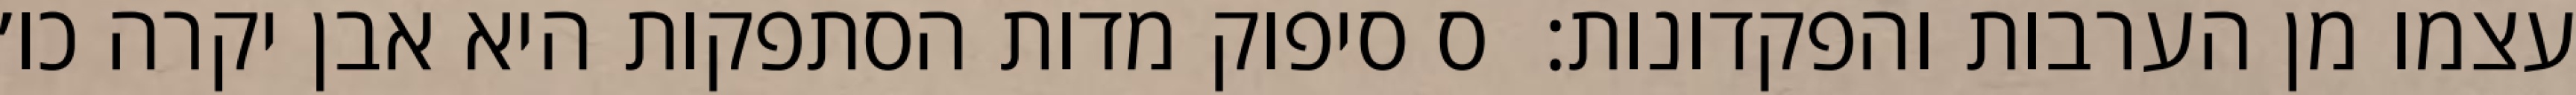
עצמו מן הערבות והפקדונות:  ס סיפוק מדות הסתפקות היא אבן יקרה כו׳